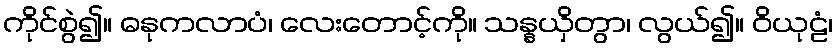
ကိုင်စွဲ၍။ ဓနုကလာပံ၊ လေးတောင့်ကို။ သန္နယှိတွာ၊ လွယ်၍။ ဝိယုဠံ၊